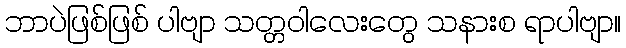
ဘာပဲဖြစ်ဖြစ် ပါဗျာ သတ္တဝါလေးတွေ သနားစ ရာပါဗျာ။